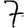
Digit: 7